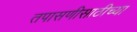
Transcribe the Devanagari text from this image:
तपासणीसाठीच्या